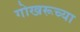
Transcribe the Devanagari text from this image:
गोखरूच्या